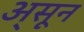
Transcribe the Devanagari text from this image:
अ्सून